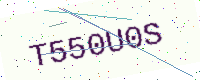
Text: T550U0S